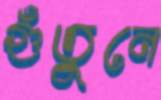
গুঁতুনে